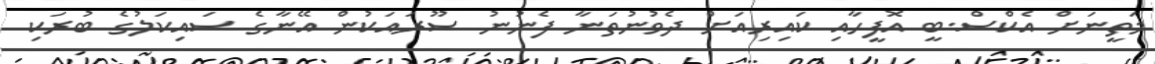
މަތީނަށް އެކްސް.ބީ އޮފީހާއި ކައިރިއަށް ދެވުނުތަނާ ފެނުނު ސޫރައަކުން އޭނާގެ ސައިކަލުގެ ބުރަކި